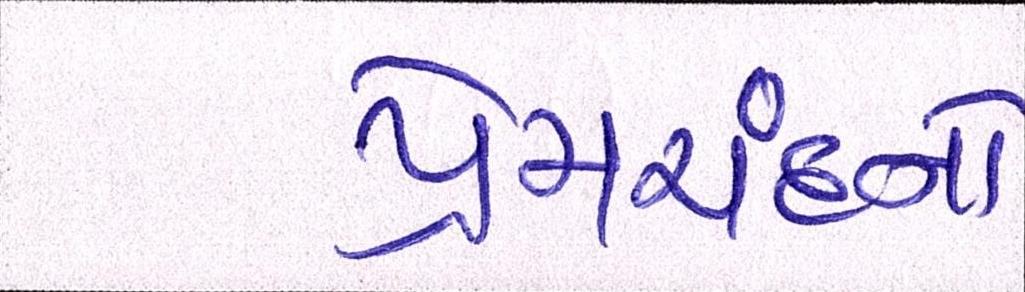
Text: પ્રેમચંદનો